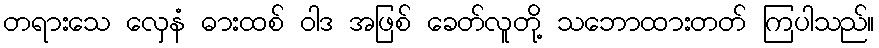
တရားသေ လှေနံ ဓားထစ် ဝါဒ အဖြစ် ခေတ်လူတို့ သဘောထားတတ် ကြပါသည်။